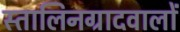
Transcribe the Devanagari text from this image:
स्तालिनग्रादवालों